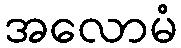
အလောမံ